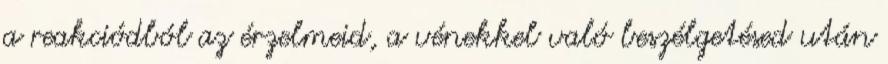
a reakciódból az érzelmeid, a vénekkel való beszélgetésed után